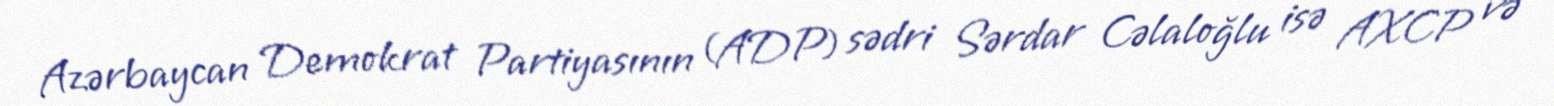
Azərbaycan Demokrat Partiyasının (ADP) sədri Sərdar Cəlaloğlu isə AXCP və